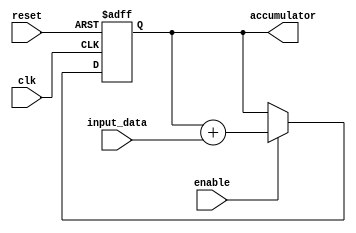
module accumulator(
  input wire clk,
  input wire reset,
  input wire enable,
  input wire [7:0] input_data,
  output reg [15:0] accumulator
);

always @(posedge clk or posedge reset) begin
  if (reset) begin
    accumulator <= 0;
  end else if (enable) begin
    accumulator <= accumulator + input_data;
  end
end

endmodule